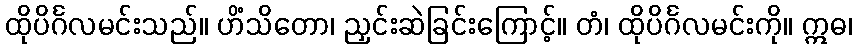
ထိုပိင်္ဂလမင်းသည်။ ဟိံသိတော၊ ညှင်းဆဲခြင်းကြောင့်။ တံ၊ ထိုပိင်္ဂလမင်းကို။ ဣဓ၊